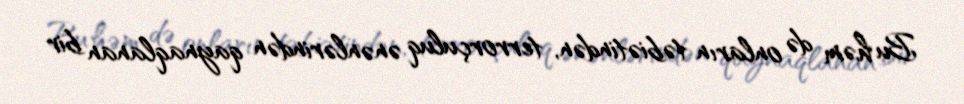
Bu həm də onların təbiətindən, terrorçuluq ənənlərindən qaynaqlanan bir